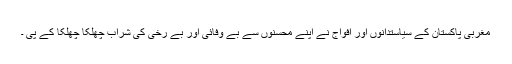
مغربی پاکستان کے سیاستدانوں اور افواج نے اپنے محسنوں سے بے وفائی اور بے رخی کی شراب چھلکا چھلکا کے پی ۔